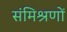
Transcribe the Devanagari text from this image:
संमिश्रणों